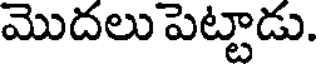
మొదలు పెట్టాడు.